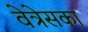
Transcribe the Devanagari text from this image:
वेत्रेसका